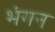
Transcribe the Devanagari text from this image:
भंगन